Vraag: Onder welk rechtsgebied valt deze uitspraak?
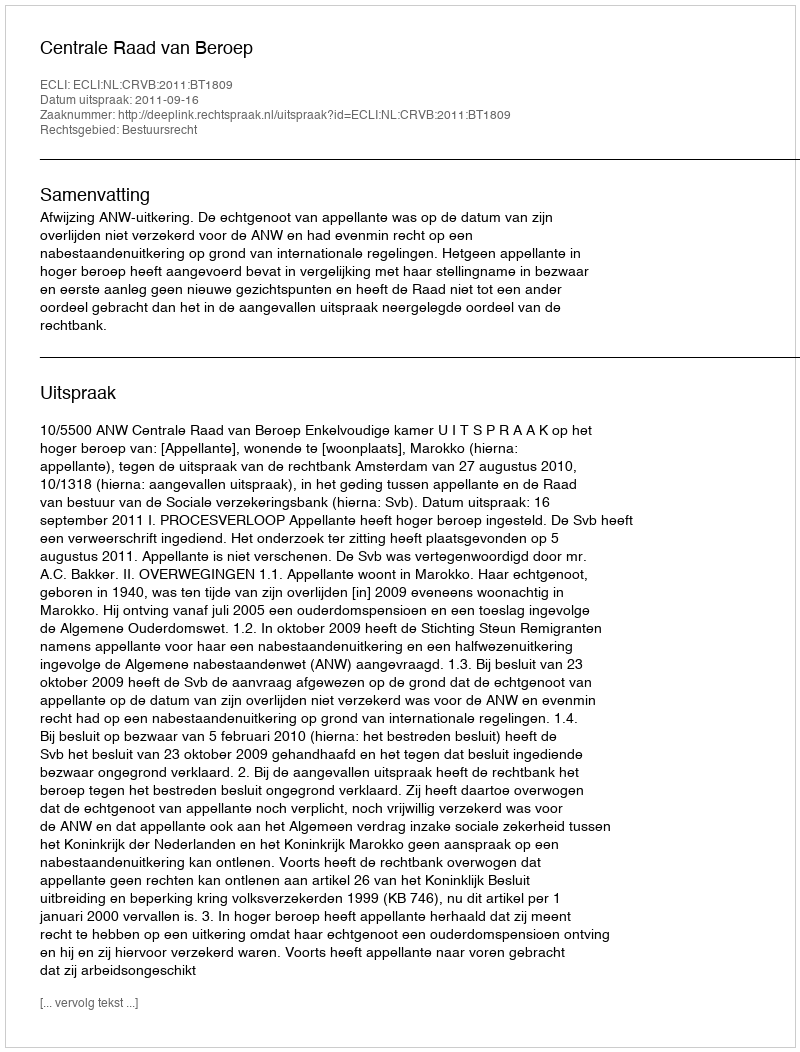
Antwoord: Bestuursrecht